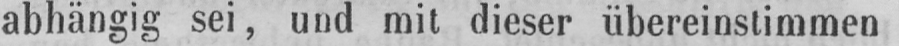
abhängig sei, und mit dieser übereinstimmen